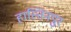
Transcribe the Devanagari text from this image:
हास्तिनपुर